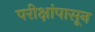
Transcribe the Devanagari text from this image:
परीक्षांपासून